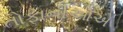
તોફાનીઓએ